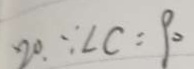
2 0 . \because \angle C = 9 0